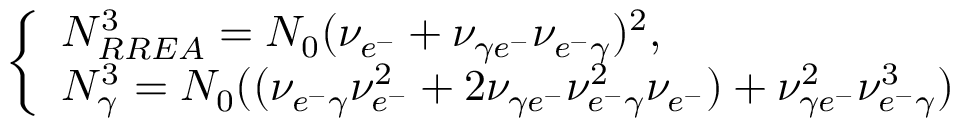
\left\{ \begin{array} { l l } { N _ { R R E A } ^ { 3 } = N _ { 0 } ( \nu _ { e ^ { - } } + \nu _ { \gamma e ^ { - } } \nu _ { e ^ { - } \gamma } ) ^ { 2 } , } \\ { N _ { \gamma } ^ { 3 } = N _ { 0 } ( ( \nu _ { e ^ { - } \gamma } \nu _ { e ^ { - } } ^ { 2 } + 2 \nu _ { \gamma e ^ { - } } \nu _ { e ^ { - } \gamma } ^ { 2 } \nu _ { e ^ { - } } ) + \nu _ { \gamma e ^ { - } } ^ { 2 } \nu _ { e ^ { - } \gamma } ^ { 3 } ) } \end{array} \right.